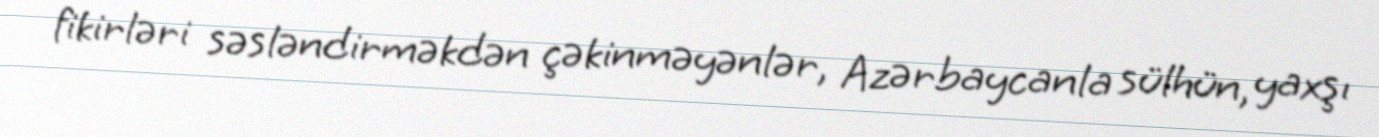
fikirləri səsləndirməkdən çəkinməyənlər, Azərbaycanla sülhün, yaxşı